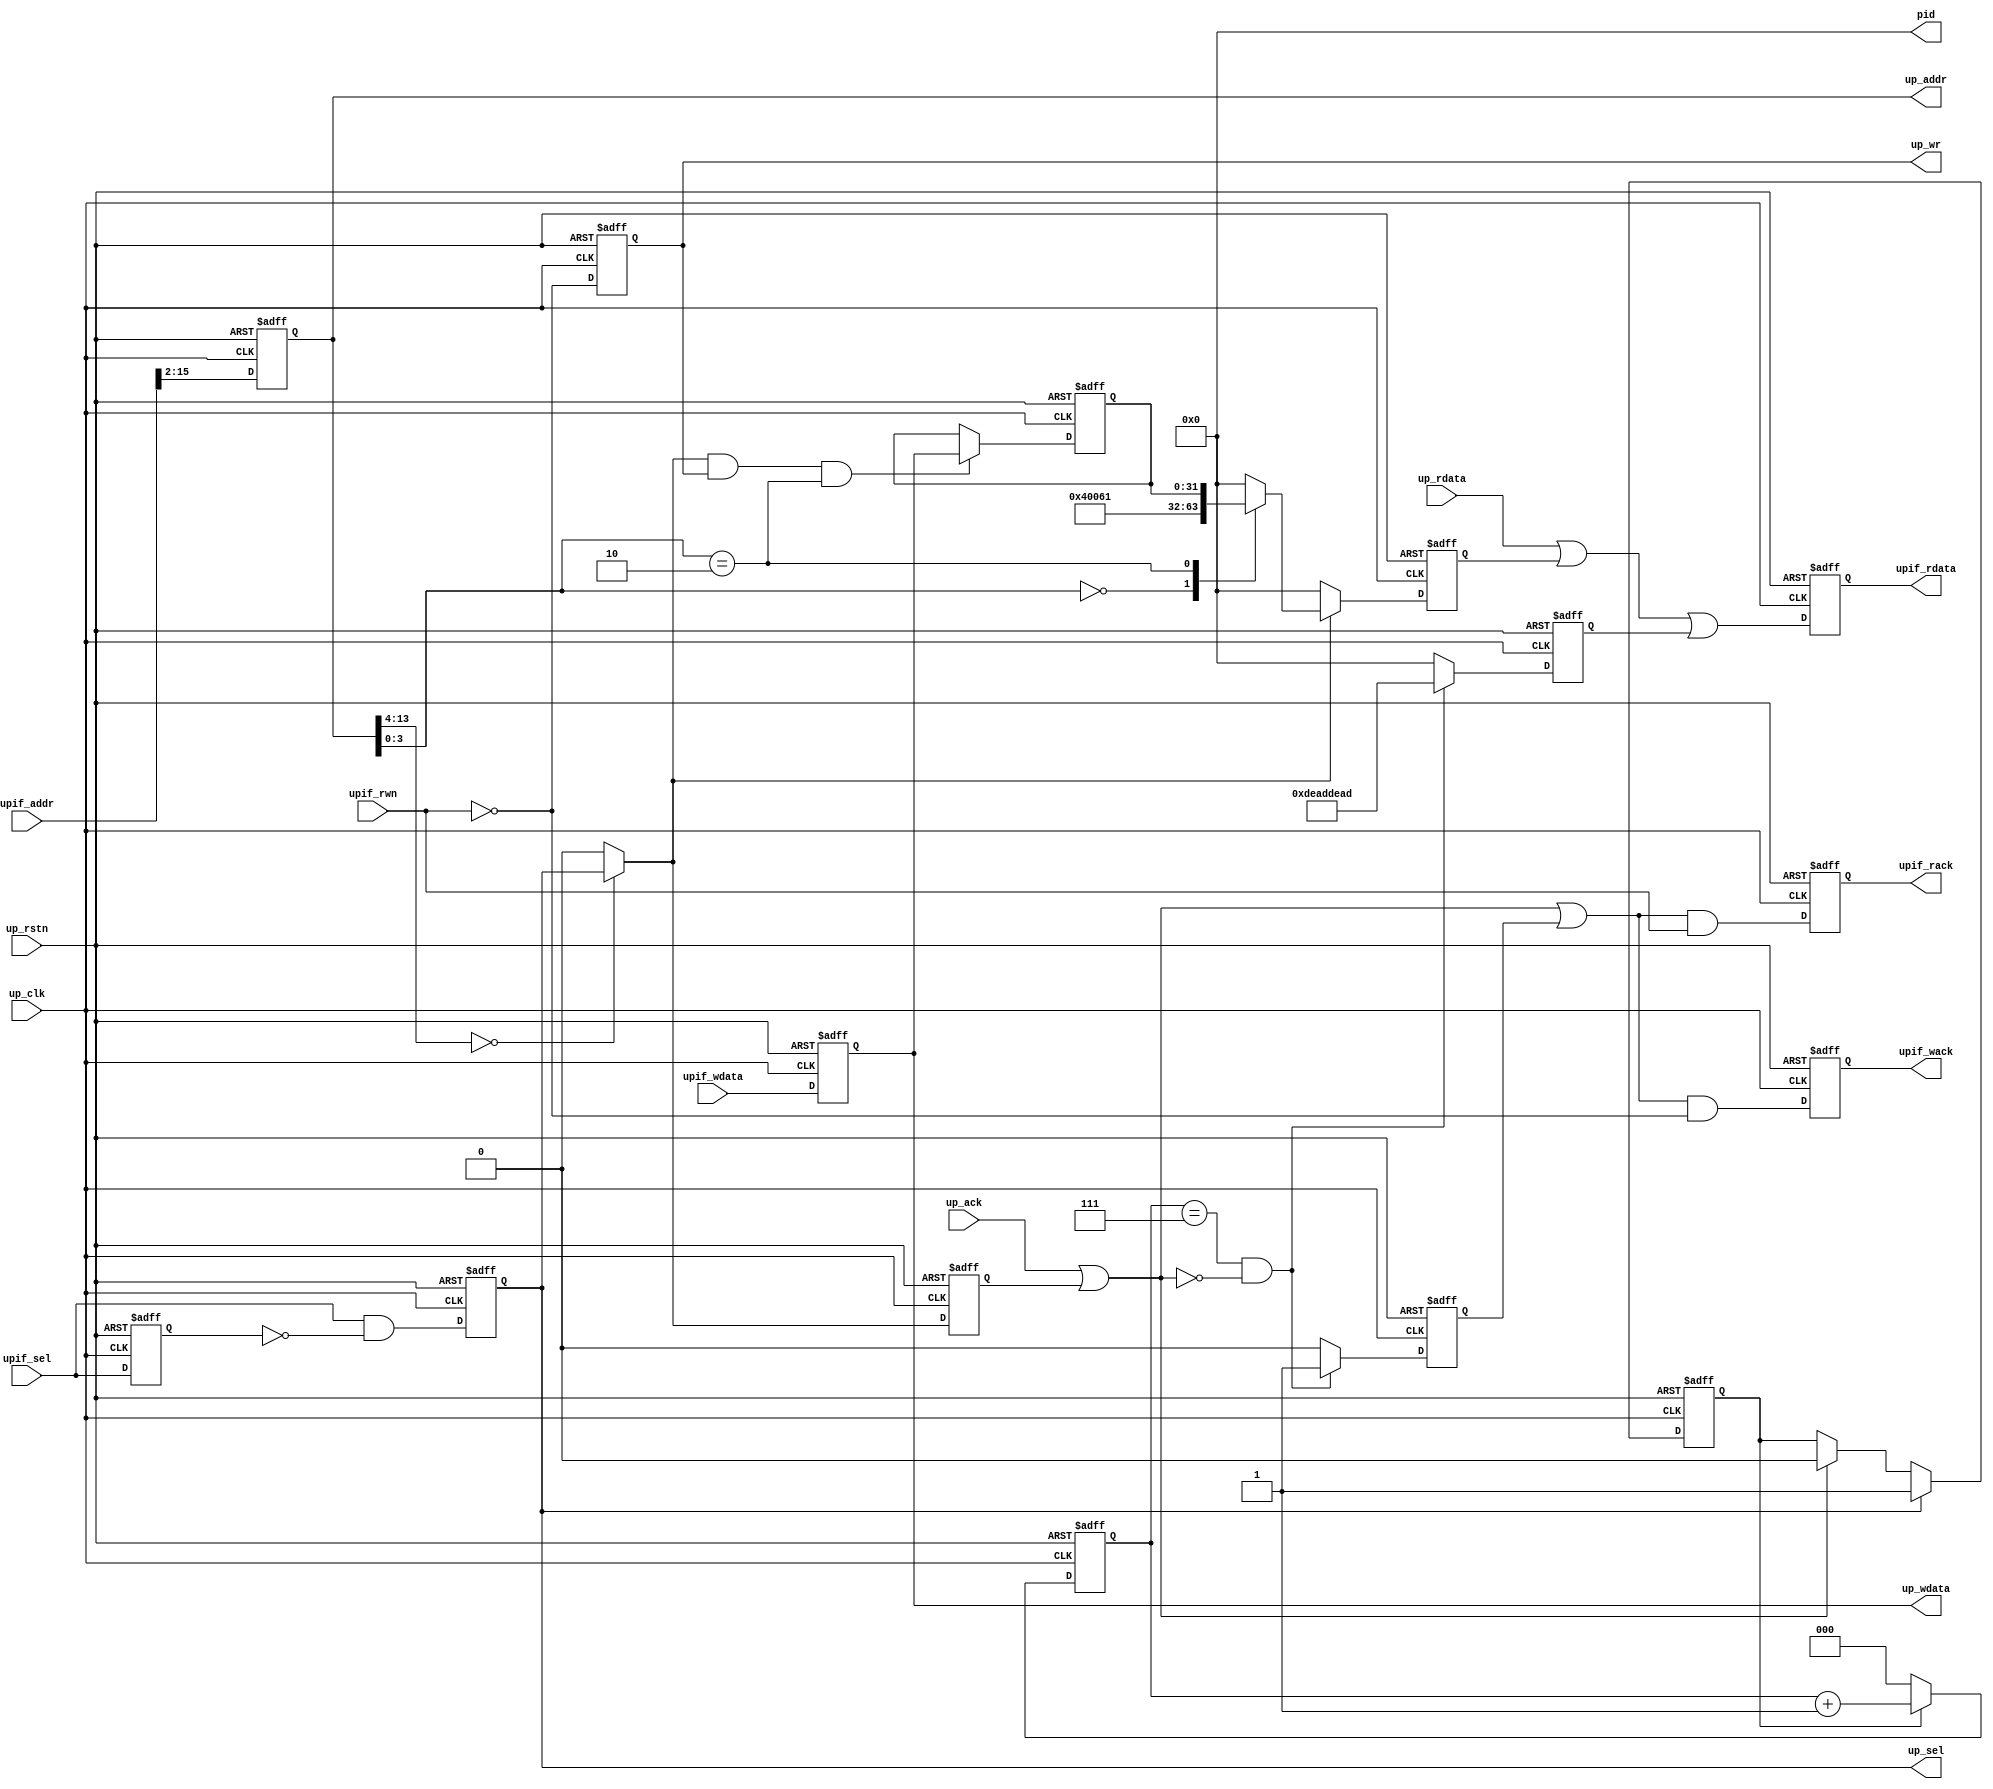
// ***************************************************************************
// ***************************************************************************
// Copyright 2011(c) Analog Devices, Inc.
// 
// All rights reserved.
// 
// Redistribution and use in source and binary forms, with or without modification,
// are permitted provided that the following conditions are met:
//     - Redistributions of source code must retain the above copyright
//       notice, this list of conditions and the following disclaimer.
//     - Redistributions in binary form must reproduce the above copyright
//       notice, this list of conditions and the following disclaimer in
//       the documentation and/or other materials provided with the
//       distribution.
//     - Neither the name of Analog Devices, Inc. nor the names of its
//       contributors may be used to endorse or promote products derived
//       from this software without specific prior written permission.
//     - The use of this software may or may not infringe the patent rights
//       of one or more patent holders.  This license does not release you
//       from the requirement that you obtain separate licenses from these
//       patent holders to use this software.
//     - Use of the software either in source or binary form, must be run
//       on or directly connected to an Analog Devices Inc. component.
//    
// THIS SOFTWARE IS PROVIDED BY ANALOG DEVICES "AS IS" AND ANY EXPRESS OR IMPLIED WARRANTIES,
// INCLUDING, BUT NOT LIMITED TO, NON-INFRINGEMENT, MERCHANTABILITY AND FITNESS FOR A
// PARTICULAR PURPOSE ARE DISCLAIMED.
//
// IN NO EVENT SHALL ANALOG DEVICES BE LIABLE FOR ANY DIRECT, INDIRECT, INCIDENTAL, SPECIAL,
// EXEMPLARY, OR CONSEQUENTIAL DAMAGES (INCLUDING, BUT NOT LIMITED TO, INTELLECTUAL PROPERTY
// RIGHTS, PROCUREMENT OF SUBSTITUTE GOODS OR SERVICES; LOSS OF USE, DATA, OR PROFITS; OR 
// BUSINESS INTERRUPTION) HOWEVER CAUSED AND ON ANY THEORY OF LIABILITY, WHETHER IN CONTRACT,
// STRICT LIABILITY, OR TORT (INCLUDING NEGLIGENCE OR OTHERWISE) ARISING IN ANY WAY OUT OF 
// THE USE OF THIS SOFTWARE, EVEN IF ADVISED OF THE POSSIBILITY OF SUCH DAMAGE.
// ***************************************************************************
// ***************************************************************************
// ***************************************************************************
// ***************************************************************************

module up_busif (

  // bus interface

  up_rstn,
  up_clk,
  upif_sel,
  upif_rwn,
  upif_addr,
  upif_wdata,
  upif_wack,
  upif_rdata,
  upif_rack,

  // block interface

  up_sel,
  up_wr,
  up_addr,
  up_wdata,
  up_rdata,
  up_ack,

  // pcore identifier

  pid);

  // parameters

  parameter PCORE_VERSION = 32'h00040061;
  parameter PCORE_ID = 0;

  // bus interface

  input           up_rstn;
  input           up_clk;
  input           upif_sel;
  input           upif_rwn;
  input   [31:0]  upif_addr;
  input   [31:0]  upif_wdata;
  output          upif_wack;
  output  [31:0]  upif_rdata;
  output          upif_rack;

  // block interface

  output          up_sel;
  output          up_wr;
  output  [13:0]  up_addr;
  output  [31:0]  up_wdata;
  input   [31:0]  up_rdata;
  input           up_ack;

  // pcore identifier

  output  [31:0]  pid;

  // internal registers

  reg             upif_wack = 'd0;
  reg             upif_rack = 'd0;
  reg     [31:0]  upif_rdata = 'd0;
  reg             up_sel_d = 'd0;
  reg             up_sel = 'd0;
  reg             up_wr = 'd0;
  reg     [13:0]  up_addr = 'd0;
  reg     [31:0]  up_wdata = 'd0;
  reg             up_access = 'd0;
  reg     [ 2:0]  up_access_count = 'd0;
  reg             up_access_ack = 'd0;
  reg     [31:0]  up_access_rdata = 'd0;
  reg     [31:0]  up_scratch = 'd0;
  reg             up_int_ack = 'd0;
  reg     [31:0]  up_int_rdata = 'd0;

  // internal signals

  wire    [31:0]  up_rdata_s;
  wire            up_ack_s;
  wire            up_sel_s;
  wire            up_wr_s;

  // pcore identifier

  assign pid = PCORE_ID;

  // bus interface read and ack registers

  always @(negedge up_rstn or posedge up_clk) begin
    if (up_rstn == 0) begin
      upif_wack <= 'd0;
      upif_rack <= 'd0;
      upif_rdata <= 'd0;
    end else begin
      upif_wack <= (up_ack_s | up_access_ack) & ~upif_rwn;
      upif_rack <= (up_ack_s | up_access_ack) & upif_rwn;
      upif_rdata <= up_rdata_s | up_access_rdata;
    end
  end

  // usuable format from the bus interface signals

  always @(negedge up_rstn or posedge up_clk) begin
    if (up_rstn == 0) begin
      up_sel_d <= 'd0;
      up_sel <= 'd0;
      up_wr <= 'd0;
      up_addr <= 'd0;
      up_wdata <= 'd0;
    end else begin
      up_sel_d <= upif_sel;
      up_sel <= upif_sel & ~up_sel_d;
      up_wr <= ~upif_rwn;
      up_addr <= upif_addr[15:2];
      up_wdata <= upif_wdata;
    end
  end

  // combine up read and ack from all the blocks

  assign up_rdata_s = up_rdata | up_int_rdata;
  assign up_ack_s = up_ack | up_int_ack;

  // 8 clock cycles access time out to release bus

  always @(negedge up_rstn or posedge up_clk) begin
    if (up_rstn == 0) begin
      up_access <= 'd0;
      up_access_count <= 'd0;
      up_access_ack <= 'd0;
      up_access_rdata <= 'd0;
    end else begin
      if (up_sel == 1'b1) begin
        up_access <= 1'b1;
      end else if (up_ack_s == 1'b1) begin
        up_access <= 1'b0;
      end
      if (up_access == 1'b1) begin
        up_access_count <= up_access_count + 1'b1;
      end else begin
        up_access_count <= 3'd0;
      end
      if ((up_access_count == 3'h7) && (up_ack_s == 1'b0)) begin
        up_access_ack <= 1'b1;
        up_access_rdata <= {2{16'hdead}};
      end else begin
        up_access_ack <= 1'b0;
        up_access_rdata <= 32'd0;
      end
    end
  end

  // decode block select

  assign up_sel_s = (up_addr[13:4] == 10'd0) ? up_sel : 1'b0;
  assign up_wr_s = up_sel_s & up_wr;

  // write interface

  always @(negedge up_rstn or posedge up_clk) begin
    if (up_rstn == 0) begin
      up_scratch <= 'd0;
    end else begin
      if ((up_wr_s == 1'b1) && (up_addr[3:0] == 4'h2)) begin
        up_scratch <= up_wdata;
      end
    end
  end

  // read interface

  always @(negedge up_rstn or posedge up_clk) begin
    if (up_rstn == 0) begin
      up_int_ack <= 'd0;
      up_int_rdata <= 'd0;
    end else begin
      up_int_ack <= up_sel_s;
      if (up_sel_s == 1'b1) begin
        case (up_addr[3:0])
          4'h0: up_int_rdata <= PCORE_VERSION;
          4'h1: up_int_rdata <= PCORE_ID;
          4'h2: up_int_rdata <= up_scratch;
          default: up_int_rdata <= 32'd0;
        endcase
      end else begin
        up_int_rdata <= 32'd0;
      end
    end
  end

endmodule

// ***************************************************************************
// ***************************************************************************